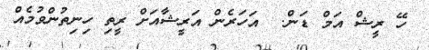
ހޭ ރީޝް އަމް ޑަން.  އަހަރެން އަރީޝާއަށް ރީތި ހިނިތުންވުމެއް